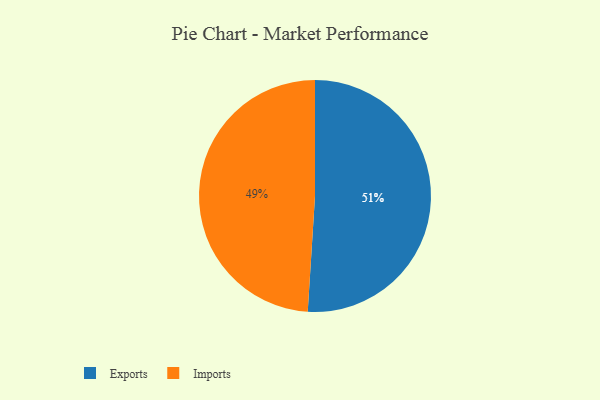
{"axis": {"x": "Category", "y": "Percentage"}, "legend": ["Exports", "Imports"], "data": [{"x": "Imports", "y": 49, "type": "Imports"}, {"x": "Exports", "y": 51, "type": "Exports"}]}